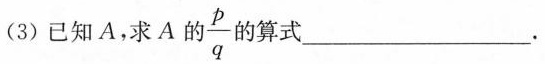
(3)已知A，求A的\frac{p}{q}的算式___